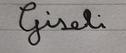
Signature authenticity: forged